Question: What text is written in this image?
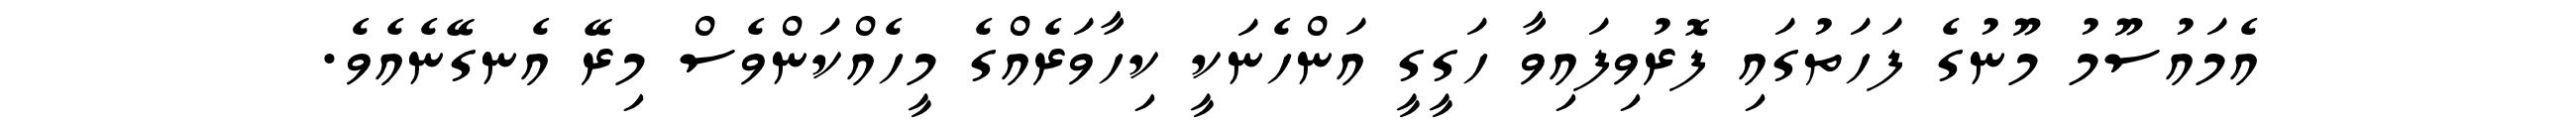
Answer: އެމައުސޫމު މޫނުގެ ފަހަތުގައި ފޮރުވިފައިވާ ހަގީގީ އަންހެނަކީ ކިހާވަރެއްގެ މީހެއްކަންވެސް މިރޭ އެނގޭނެއެވެ.